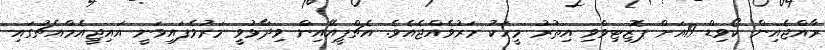
ރާއްޖެއިން ކޯވިޑް-19އަށް ޕޮޒިޓިވްވި އިތުރު މީހަކު މަރުވެއްޖެއެވެ. އެޗްޕީއޭއިން ވިދާޅުވީ މަރުވެފައިވަނީ އައިޖީއެމްއެޗުގައި